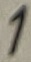
Text: 1